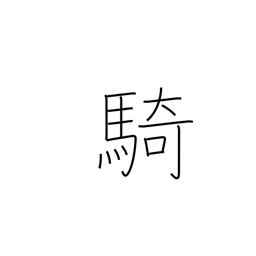
Meaning: counter for equestrians